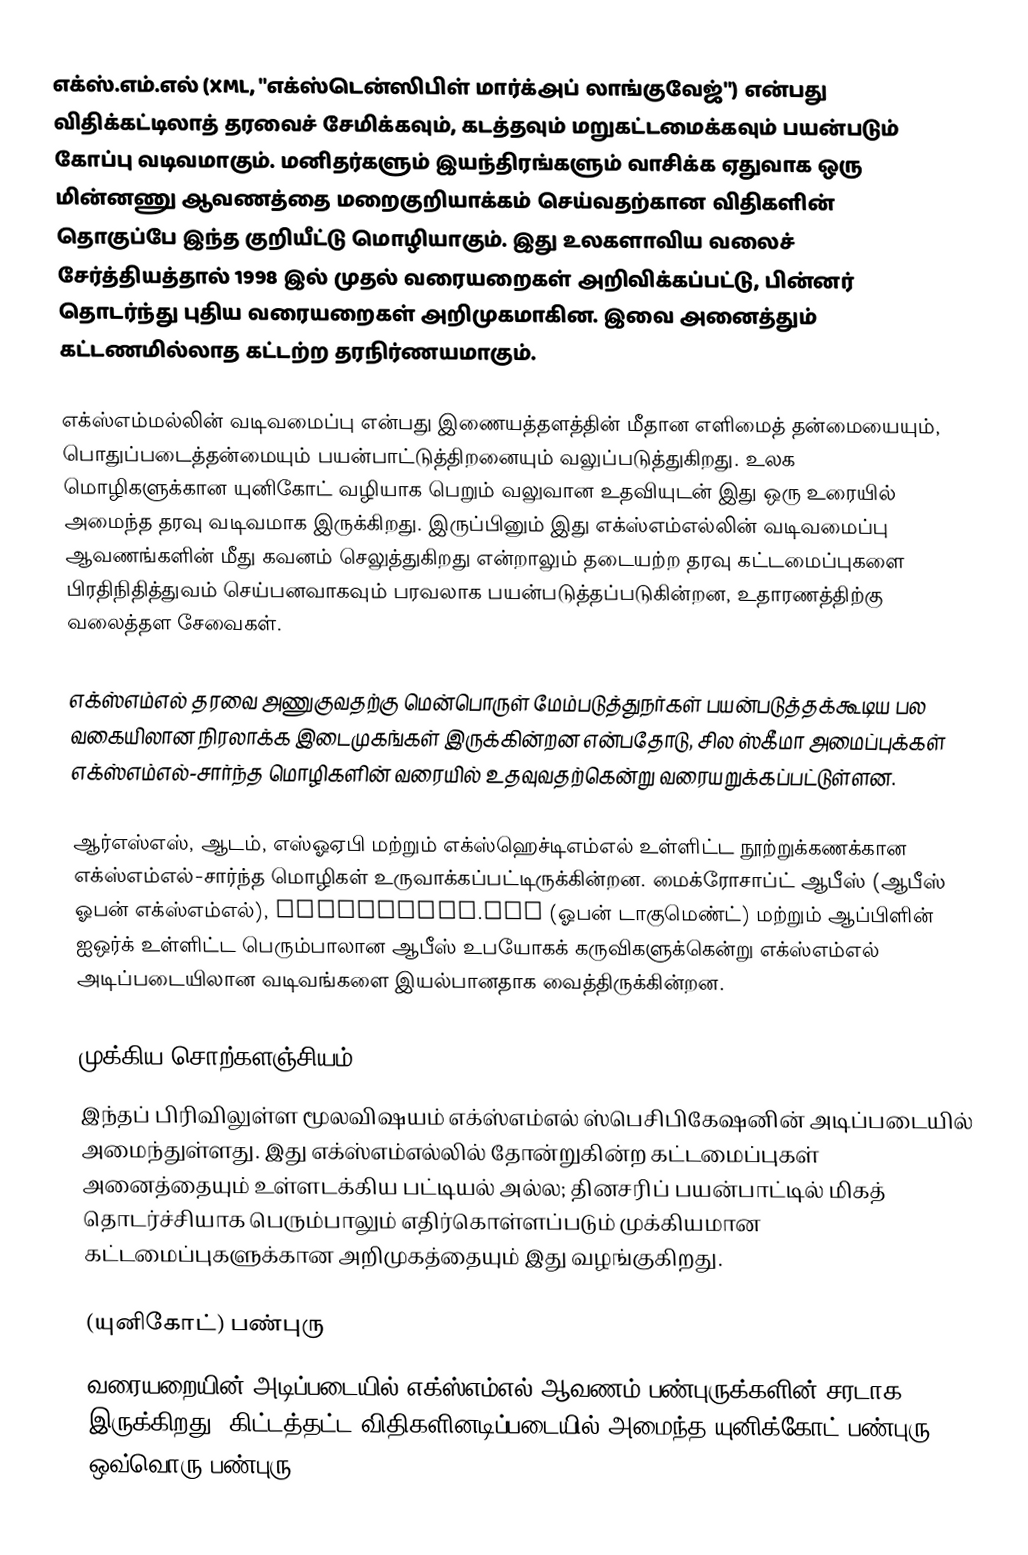
எக்ஸ்.எம்.எல் (XML, "எக்ஸ்டென்ஸிபிள் மார்க்அப் லாங்குவேஜ்") என்பது விதிக்கட்டிலாத் தரவைச் சேமிக்கவும், கடத்தவும் மறுகட்டமைக்கவும் பயன்படும் கோப்பு வடிவமாகும். மனிதர்களும் இயந்திரங்களும் வாசிக்க ஏதுவாக ஒரு மின்னணு ஆவணத்தை மறைகுறியாக்கம் செய்வதற்கான விதிகளின் தொகுப்பே இந்த குறியீட்டு மொழியாகும். இது உலகளாவிய வலைச் சேர்த்தியத்தால் 1998 இல் முதல் வரையறைகள் அறிவிக்கப்பட்டு, பின்னர் தொடர்ந்து புதிய வரையறைகள் அறிமுகமாகின. இவை அனைத்தும் கட்டணமில்லாத கட்டற்ற தரநிர்ணயமாகும்.

எக்ஸ்எம்மல்லின் வடிவமைப்பு என்பது இணையத்தளத்தின் மீதான எளிமைத் தன்மையையும், பொதுப்படைத்தன்மையும் பயன்பாட்டுத்திறனையும் வலுப்படுத்துகிறது. உலக மொழிகளுக்கான யுனிகோட் வழியாக பெறும் வலுவான உதவியுடன் இது ஒரு உரையில் அமைந்த தரவு வடிவமாக இருக்கிறது. இருப்பினும் இது எக்ஸ்எம்எல்லின் வடிவமைப்பு ஆவணங்களின் மீது கவனம் செலுத்துகிறது என்றாலும் தடையற்ற தரவு கட்டமைப்புகளை பிரதிநிதித்துவம் செய்பனவாகவும் பரவலாக பயன்படுத்தப்படுகின்றன, உதாரணத்திற்கு வலைத்தள சேவைகள்.

எக்ஸ்எம்எல் தரவை அணுகுவதற்கு மென்பொருள் மேம்படுத்துநர்கள் பயன்படுத்தக்கூடிய பல வகையிலான நிரலாக்க இடைமுகங்கள் இருக்கின்றன என்பதோடு, சில ஸ்கீமா அமைப்புக்கள் எக்ஸ்எம்எல்-சார்ந்த மொழிகளின் வரையில் உதவுவதற்கென்று வரையறுக்கப்பட்டுள்ளன.

ஆர்எஸ்எஸ், ஆடம், எஸ்ஓஏபி மற்றும் எக்ஸ்ஹெச்டிஎம்எல் உள்ளிட்ட நூற்றுக்கணக்கான எக்ஸ்எம்எல்-சார்ந்த மொழிகள் உருவாக்கப்பட்டிருக்கின்றன. மைக்ரோசாப்ட் ஆபீஸ் (ஆபீஸ் ஓபன் எக்ஸ்எம்எல்), OpenOffice.org (ஓபன் டாகுமெண்ட்) மற்றும் ஆப்பிளின் ஐஒர்க் உள்ளிட்ட பெரும்பாலான ஆபீஸ் உபயோகக் கருவிகளுக்கென்று எக்ஸ்எம்எல் அடிப்படையிலான வடிவங்களை இயல்பானதாக வைத்திருக்கின்றன.

முக்கிய சொற்களஞ்சியம்
இந்தப் பிரிவிலுள்ள மூலவிஷயம் எக்ஸ்எம்எல் ஸ்பெசிபிகேஷனின் அடிப்படையில் அமைந்துள்ளது. இது எக்ஸ்எம்எல்லில் தோன்றுகின்ற கட்டமைப்புகள் அனைத்தையும் உள்ளடக்கிய பட்டியல் அல்ல; தினசரிப் பயன்பாட்டில் மிகத் தொடர்ச்சியாக பெரும்பாலும் எதிர்கொள்ளப்படும் முக்கியமான கட்டமைப்புகளுக்கான அறிமுகத்தையும் இது வழங்குகிறது.

(யுனிகோட்) பண்புரு
வரையறையின் அடிப்படையில் எக்ஸ்எம்எல் ஆவணம் பண்புருக்களின் சரடாக இருக்கிறது. கிட்டத்தட்ட விதிகளினடிப்படையில் அமைந்த யுனிக்கோட் பண்புரு ஒவ்வொரு பண்புரு